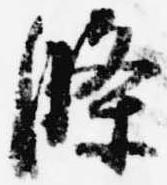
条